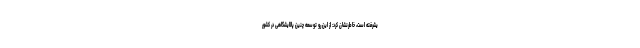
یشرفته است، خاطرنشان کرد: از این رو توسعه چنین پالایشگاهی در کشور